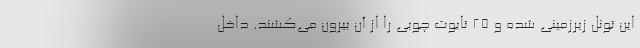
این تونل زیرزمینی شده و 25 تابوت چوبی را از آن بیرون می‌کشند. داخل